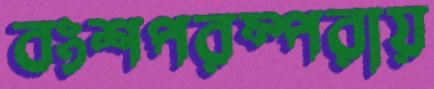
বংশপরম্পরায়